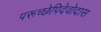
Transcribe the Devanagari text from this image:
परूच्छेपिदेवोदास